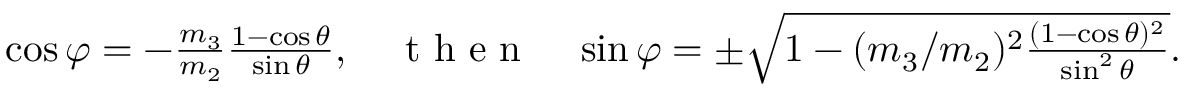
\begin{array} { r } { \cos \varphi = - \frac { m _ { 3 } } { m _ { 2 } } \frac { 1 - \cos \theta } { \sin \theta } , \quad \mathrm { ~ t ~ h ~ e ~ n ~ } \quad \sin \varphi = \pm \sqrt { 1 - ( m _ { 3 } / m _ { 2 } ) ^ { 2 } \frac { ( 1 - \cos \theta ) ^ { 2 } } { \sin ^ { 2 } \theta } } . } \end{array}